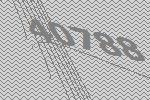
40788